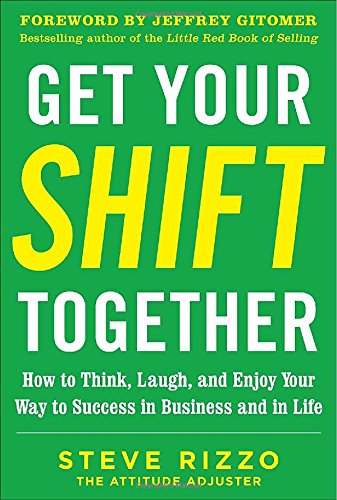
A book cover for Get Your SHIFT Together: How to Think, Laugh, and Enjoy Your Way to Success in Business and in Life, with a foreword by Jeffrey Gitomer; Steve Rizzo; Humor & Entertainment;